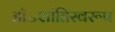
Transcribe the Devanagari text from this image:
डॉ॰शांतिस्वरूप